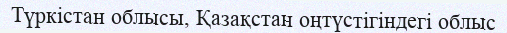
Түркістан облысы, Қазақстан оңтүстігіндегі облыс